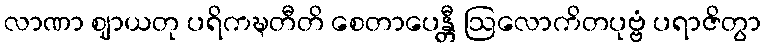
လာဏာ ဈာယတု ပရိကဍ္ဎတီတိ စေတာပေန္တီ ဩလောကိတပုဗ္ဗံ ပရာဇိတွာ